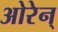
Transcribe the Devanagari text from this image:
ओरेन्